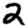
Digit: 2